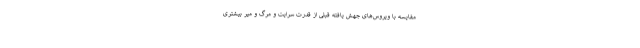
مقایسه با ویروس‌های جهش یافته قبلی از قدرت سرایت و مرگ و میر بیشتری